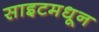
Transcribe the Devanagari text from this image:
साइटमधून